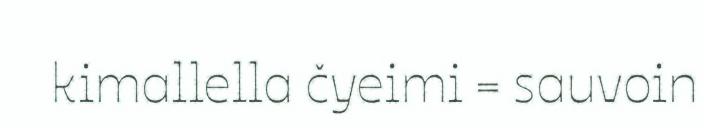
kimallella čyeimi = sauvoin